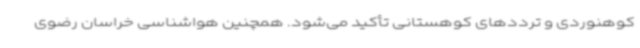
کوهنوردی و ترددهای کوهستانی تأکید می‌شود. همچنین هواشناسی خراسان رضوی